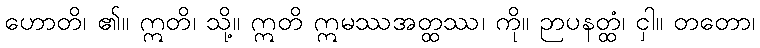
ဟောတိ၊ ၏။ ဣတိ၊ သို့။ ဣတိ ဣမဿအတ္ထဿ၊ ကို။ ဉာပနတ္ထံ၊ ငှါ။ တတော၊